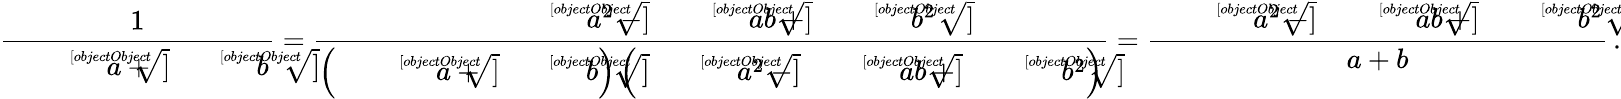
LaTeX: {\frac{1}{{\sqrt[[objectObject]]{a}}+{\sqrt[[objectObject]]{b}}}}={\frac{{\sqrt[[objectObject]]{a^{2}}}-{\sqrt[[objectObject]]{ab}}+{\sqrt[[objectObject]]{b^{2}}}}{\left({\sqrt[[objectObject]]{a}}+{\sqrt[[objectObject]]{b}}\right)\left({\sqrt[[objectObject]]{a^{2}}}-{\sqrt[[objectObject]]{ab}}+{\sqrt[[objectObject]]{b^{2}}}\right)}}={\frac{{\sqrt[[objectObject]]{a^{2}}}-{\sqrt[[objectObject]]{ab}}+{\sqrt[[objectObject]]{b^{2}}}}{a+b}}\, .